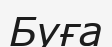
Буға